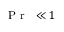
\mathrm { ~ \textit ~ { ~ P ~ r ~ } ~ } \ll 1